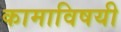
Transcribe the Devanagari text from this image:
कामाविषयी